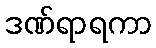
ဒဏ်ရာရကာ